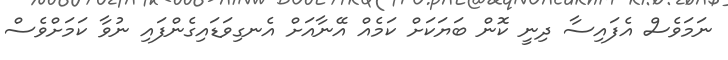
ނަމަވެސް އެފައިސާ ދިނީ ކޮން ބަޔަކަށް ކަމެއް އޭނާއަށް އެނގިވަޑައިގެންފައި ނުވާ ކަމަށްވެސް